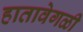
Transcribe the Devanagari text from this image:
हातावेगळी